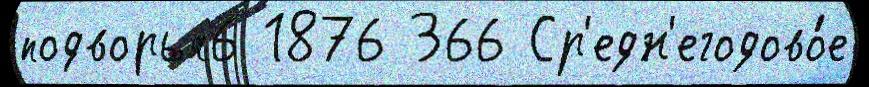
подворья6 1876 366 Ср'едн'егодово́е